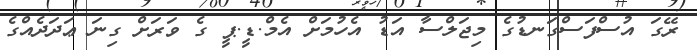
ރޭގަ އުސްފަސްގަނޑުގެ މިޖަލްސާ އަޑު އެހުމަށް އެމް.ޑީ.ޕީ ގެ ވަރަށް ގިނަ ޢަދަދެއްގެ